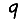
Digit: 9